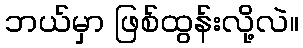
ဘယ်မှာ ဖြစ်ထွန်းလို့လဲ။